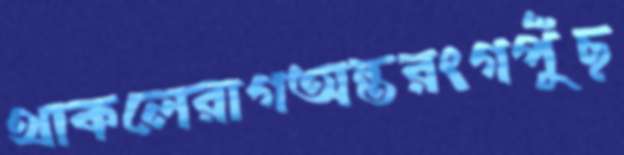
থাকলেরাগঅন্তরংগপুঁছ